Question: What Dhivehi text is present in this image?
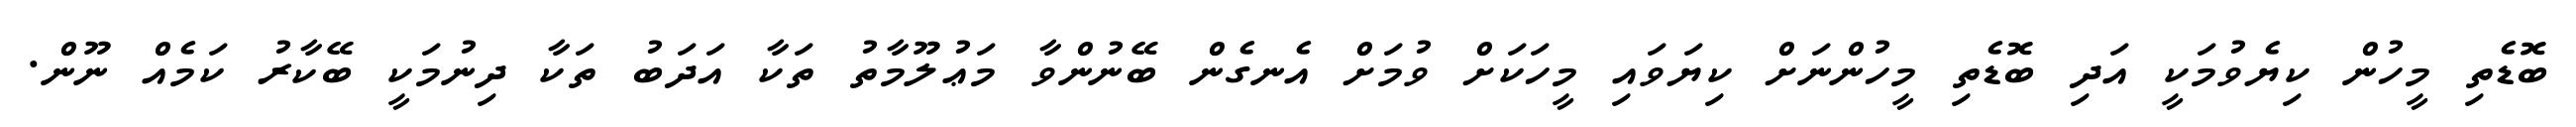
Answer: ބޮޑެތި މީހުން ކިޔެވުމަކީ އަދި ބޮޑެތި މީހުންނަށް ކިޔަވައި މީހަކަށް ވުމަށް އެނގެން ބޭނުންވާ މަޢުލޫމާތު ތަކާ އަދަބު ތަކާ ދިނުމަކީ ބޭކާރު ކަމެއް ނޫން.